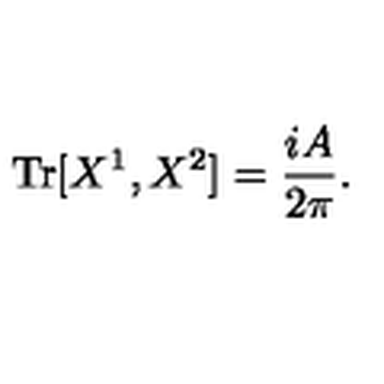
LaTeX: \mathrm { T r } [ X ^ { 1 } , X ^ { 2 } ] = \frac { i A } { 2 \pi } .